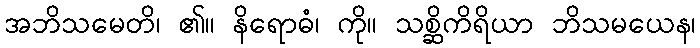
အဘိသမေတိ၊ ၏။ နိရောဓံ၊ ကို။ သစ္ဆိကိရိယာ ဘိသမယေန၊